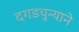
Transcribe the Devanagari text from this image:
दगडचुन्याने